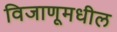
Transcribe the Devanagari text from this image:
विजाणूमधील